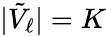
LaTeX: |\tilde{V}_{\ell}|=K